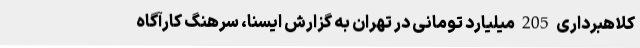
کلاهبرداری 205 میلیارد تومانی در تهران به گزارش ایسنا، سرهنگ کارآگاه